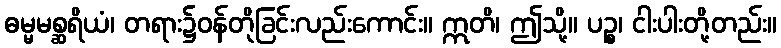
ဓမ္မမစ္ဆရိယံ၊ တရား၌ဝန်တိုခြင်းလည်းကောင်း။ ဣတိ၊ ဤသို့။ ပဉ္စ၊ ငါးပါးတို့တည်း။